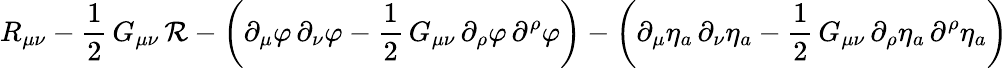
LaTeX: R_{\mu\nu}-\frac{1}{2}\, G_{\mu\nu}\, {\cal R}-\left(\partial_{\mu}\varphi\, \partial_{\nu}\varphi-\frac{1}{2}\, G_{\mu\nu}\, \partial_{\rho}\varphi\, \partial^{\rho}\varphi\right)-\left(\partial_{\mu}\eta_{a}\, \partial_{\nu}\eta_{a}-\frac{1}{2}\, G_{\mu\nu}\, \partial_{\rho}\eta_{a}\, \partial^{\rho}\eta_{a}\right)